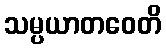
သမ္ပယာတဝေတိ